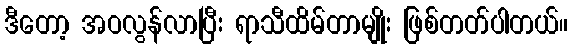
ဒီတော့ အဝလွန်လာပြီး ရာသီထိမ်တာမျိုး ဖြစ်တတ်ပါတယ်။